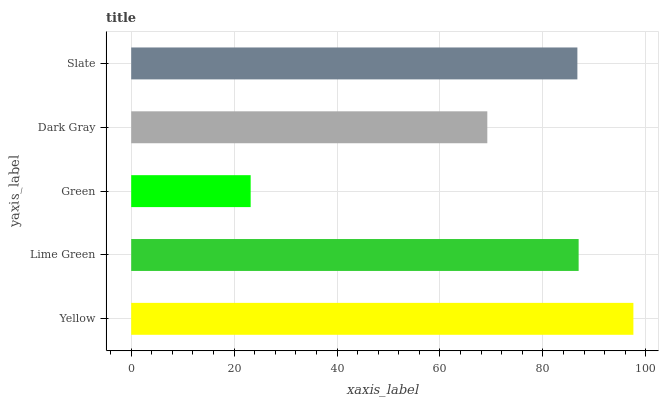
| yaxis_label | bars |
 | --- | --- |
 | Yellow | 97.6 |
 | Lime Green | 87 |
 | Green | 23.2 |
 | Dark Gray | 69.2 |
 | Slate | 86.7 |